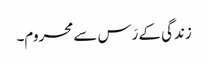
زندگی کے رَس سے محروم۔